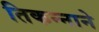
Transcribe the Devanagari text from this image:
तिकन्नाने